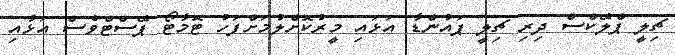
ޗިލީ ޕްލޭކްސް ދިރި ޗިލީ ޕައުންޑާ އަޅައި މީރުކޮށްލުމަށްފަހު ޓޮމާޓޯ ޕޭސްޓްވެސް އަޅާއި